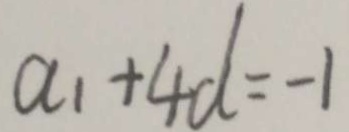
a _ { 1 } + 4 d = - 1